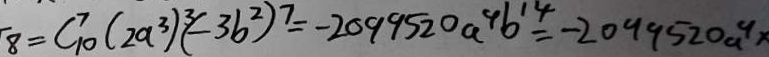
8 = C _ { 1 0 } ^ { 7 } ( 2 a ^ { 3 } ) ^ { 3 } ( - 3 b ^ { 2 } ) ^ { 7 } = - 2 0 9 9 5 2 0 a ^ { 4 } b ^ { 1 4 } = - 2 0 9 9 5 2 0 a ^ { 4 } x